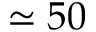
\simeq 5 0